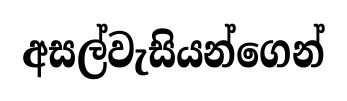
අසල්වැසියන්ගෙන්